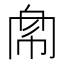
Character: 𢃁